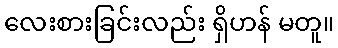
လေးစားခြင်းလည်း ရှိဟန် မတူ။